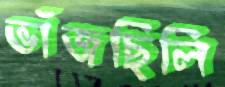
ভাঁজছিলি